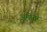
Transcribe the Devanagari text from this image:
अमोनरे